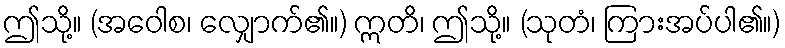
ဤသို့။ (အဝေါစ၊ လျှောက်၏။) ဣတိ၊ ဤသို့။ (သုတံ၊ ကြားအပ်ပါ၏။)